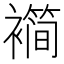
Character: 𬡱